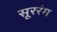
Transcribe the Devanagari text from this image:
सूररंग